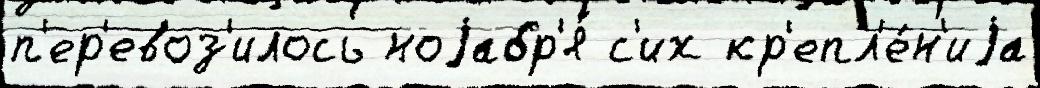
п'ер'евоз'илось ноjабр'я́ с'их кр'епл'е́н'иjа